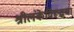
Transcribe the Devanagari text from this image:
श्रीलंकेविरूद्धचा